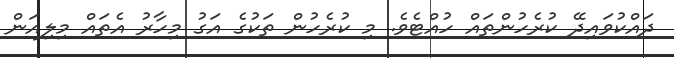
ދައްކުވައިދޭ ކުރެހުންތައް ހުއްޓެވެ. މި ކުރެހުން ތަކުގެ އަގު މިހާރު އެތައް މިލިއަން